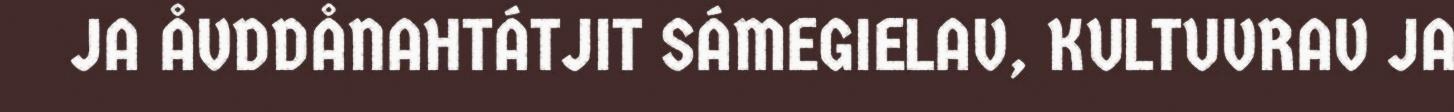
JA ÅVDDÅNAHTÁTJIT SÁMEGIELAV, KULTUVRAV JA